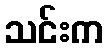
သင်းက